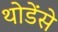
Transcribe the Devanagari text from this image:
थोडेंसे